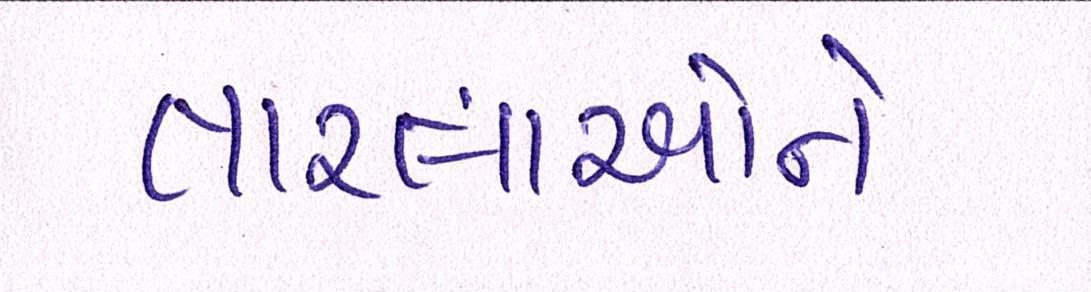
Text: તારલાઓને